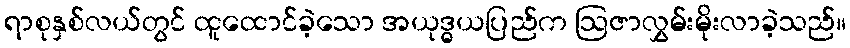
ရာစုနှစ်လယ်တွင် ထူထောင်ခဲ့သော အယုဒ္ဓယပြည်က ဩဇာလွှမ်းမိုးလာခဲ့သည်။